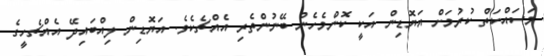
މަސައްކަތް ކުރުމަށް އަޔޮޑިން އަކީ ކޮންމެހެން ބޭނުންތެރި އެއްޗެކެވެ. އަޔޮޑިން ލިއްބައިދޭ އެއްޗެހީގެ